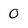
Character: 0